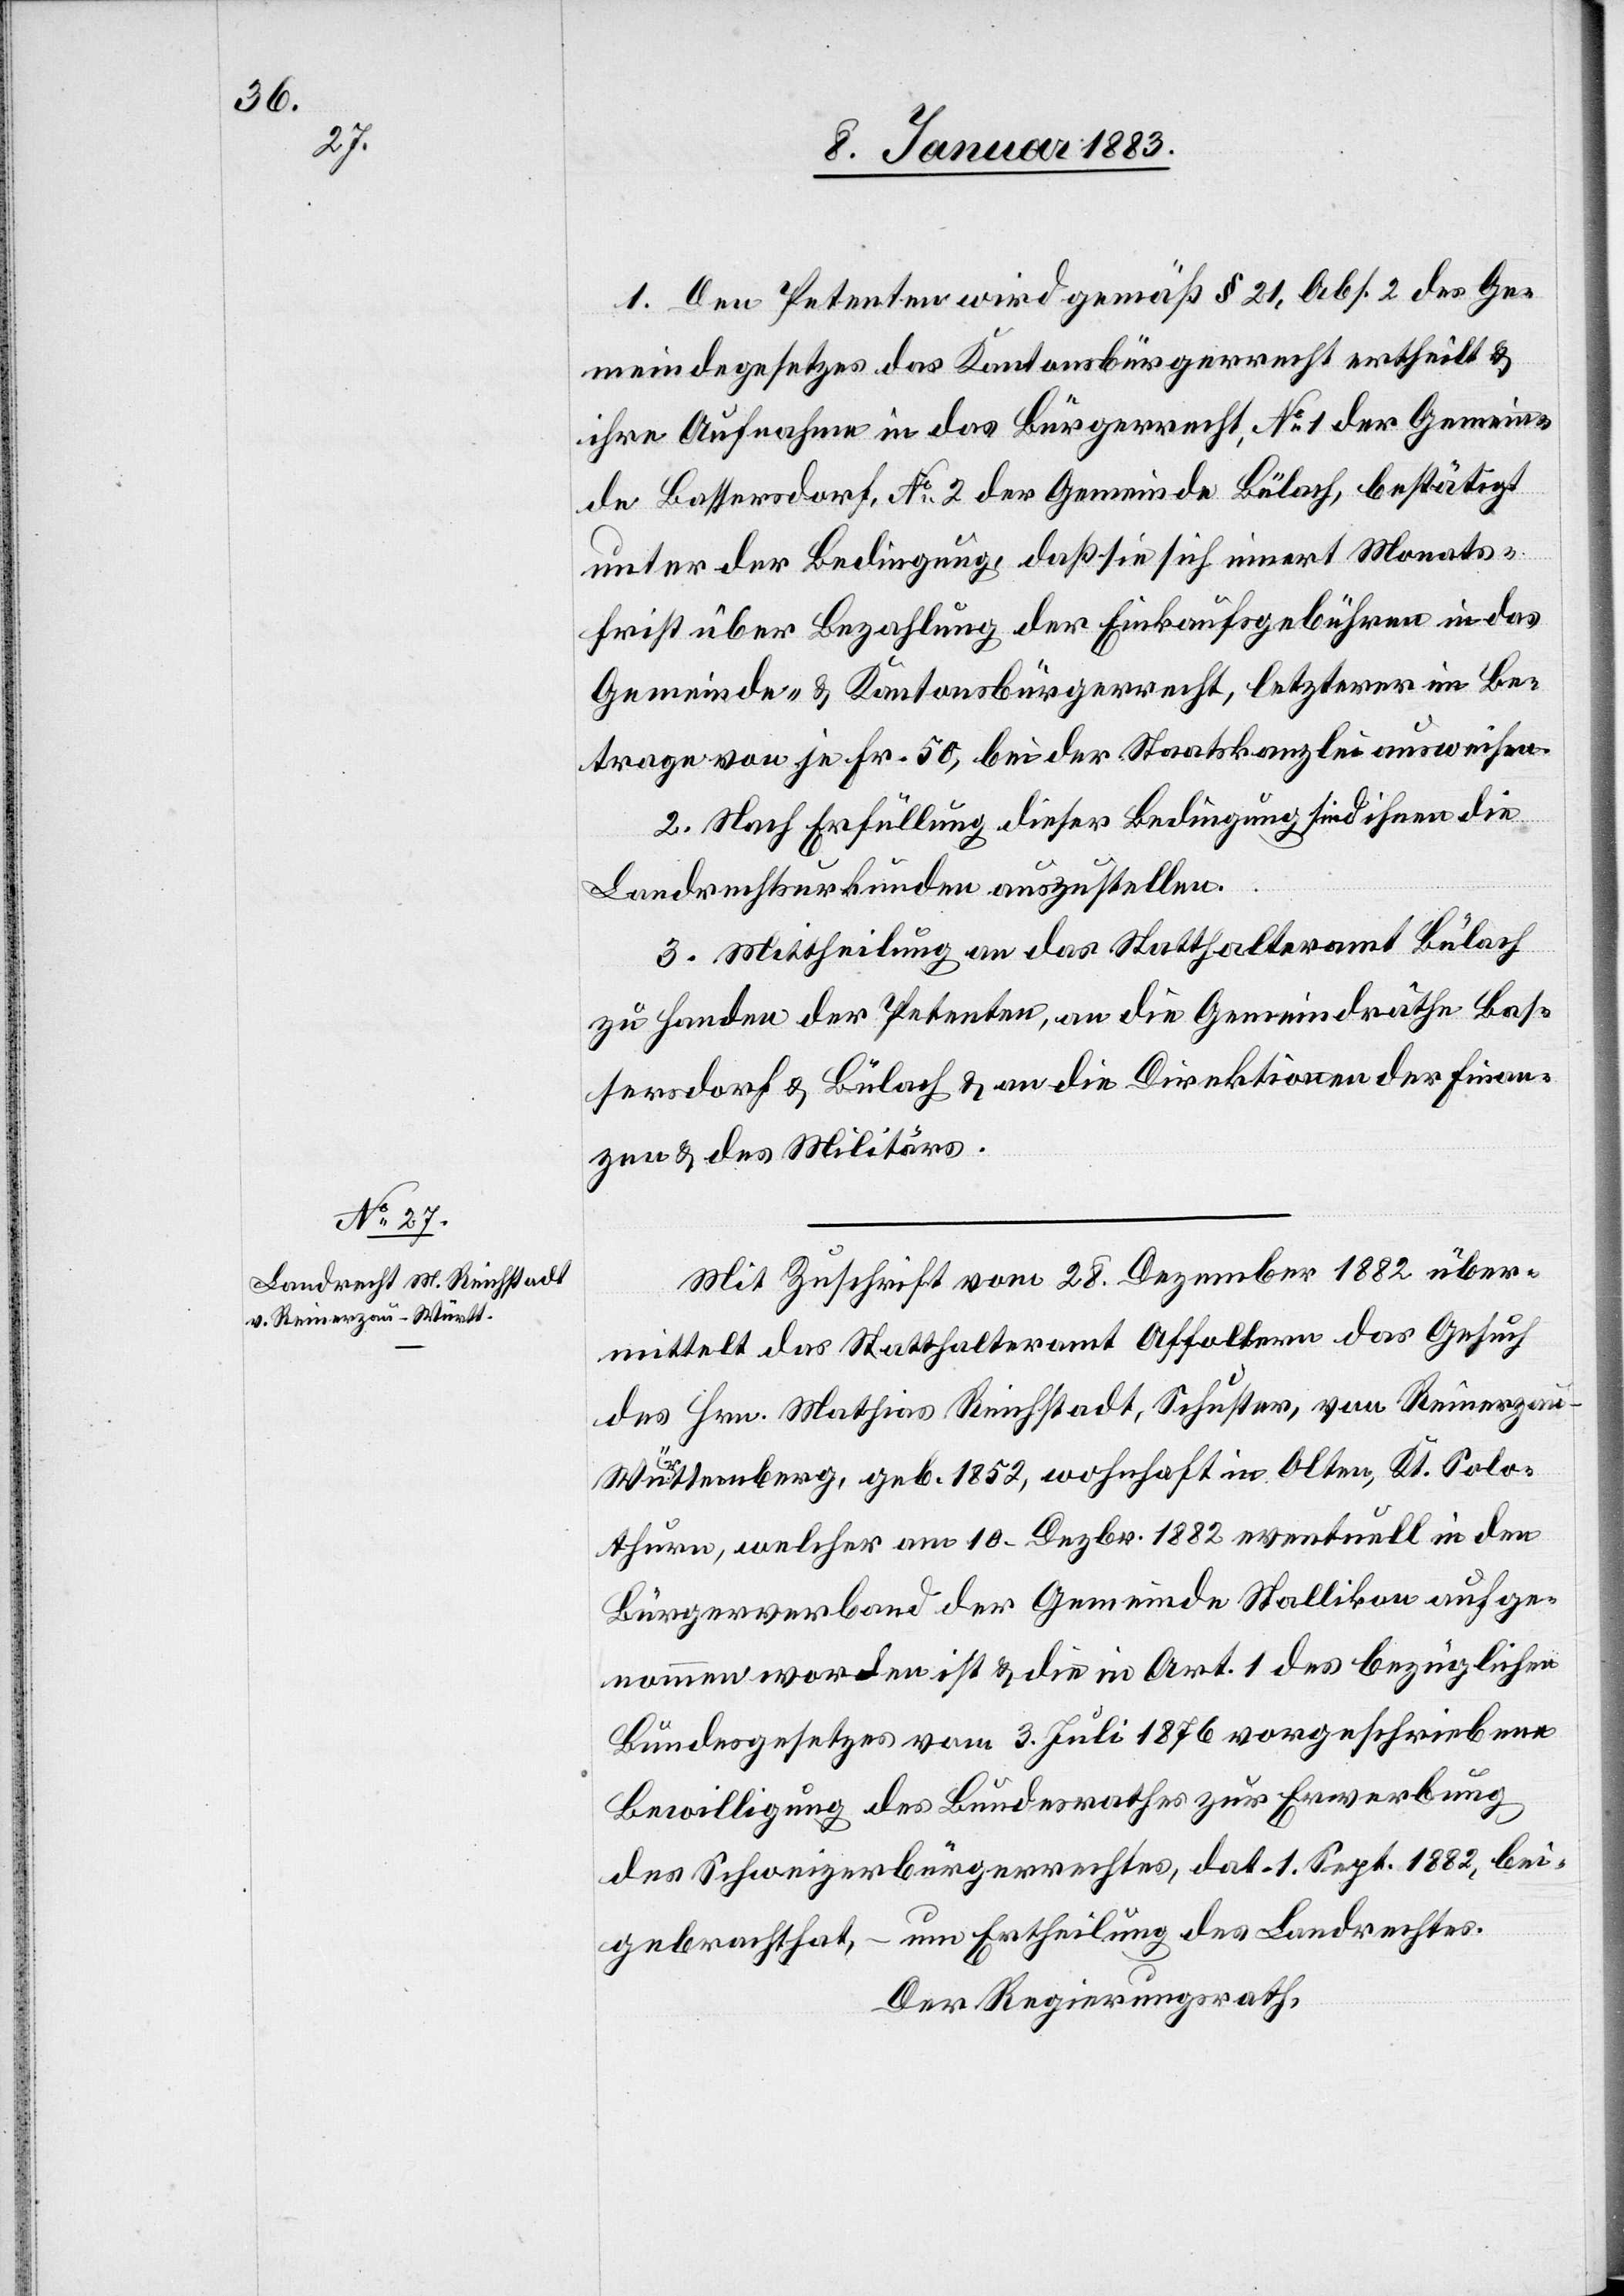
1. Den Petenten wird gemäß § 21, Abs. 2 des Ge¬
meindegesetzes das Kantonsbürgerrecht ertheilt &
ihre Aufnahme in das Bürgerrecht, No 1 der Gemein¬
de Bassersdorf, No 2 der Gemeinde Bülach, bestätigt
unter der Bedingung, daß sie sich innert Monats¬
frist über Bezahlung der Einkaufsgebühren in das
Gemeinde- & Kantonsbürgerrecht, letzterer im Be¬
trage von je Fr. 50, bei der Staatskanzlei ausweisen.
2. Nach Erfüllung dieser Bedingung sind ihnen die
Landrechtsurkunden auszustellen.
3. Mittheilung an das Statthalteramt Bülach
zu Handen der Petenten, an die Gemeindräthe Bas¬
sersdorf & Bülach & an die Direktionen der Finan¬
zen & des Militärs.
Mit Zuschrift vom 28. Dezember 1882 über¬
mittelt das Statthalteramt Affoltern das Gesuch
des Hrn. Mathias Reichstadt, Schuster, von Reinerzau
Württemberg, geb. 1852, wohnhaft in Olten, Kt. Solo¬
thurn, welcher am 10. Dezbr. 1882 eventuell in den
Bürgerverband der Gemeinde Stallikon aufge¬
nommen worden ist & die in Art. 1 des bezüglichen
Bundesgesetzes vom 3. Juli 1876 vorgeschriebene
Bewilligung des Bundesrathes zur Erwerbung
des Schweizerbürgerrechtes, dat. 1. Sept. 1882, bei¬
gebracht hat, – um Ertheilung des Landrechtes.
Der Regierungsrath,